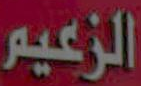
الزعيم